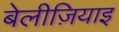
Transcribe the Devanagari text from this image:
बेलीज़ियाइ